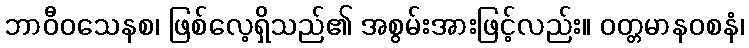
ဘာဝီဝသေနစ၊ ဖြစ်လေ့ရှိသည်၏ အစွမ်းအားဖြင့်လည်း။ ဝတ္တမာနဝစနံ၊